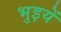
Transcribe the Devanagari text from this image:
भुइयें